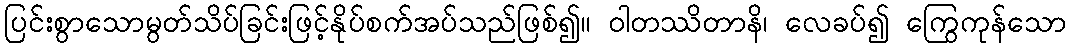
ပြင်းစွာသောမွတ်သိပ်ခြင်းဖြင့်နိုပ်စက်အပ်သည်ဖြစ်၍။ ဝါတဿိတာနိ၊ လေခပ်၍ ကြွေကုန်သော